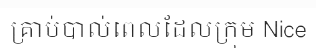
គ្រាប់បាល់ពេលដែលក្រុម Nice